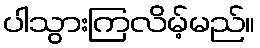
ပါသွားကြလိမ့်မည်။